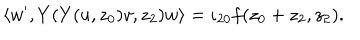
LaTeX: \langle w ^ { \prime } , Y ( Y ( u , z _ { 0 } ) v , z _ { 2 } ) w \rangle = \iota _ { 2 0 } f ( z _ { 0 } + z _ { 2 } , z _ { 2 } ) .